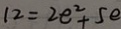
1 2 = 2 e ^ { 2 } + 5 e